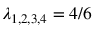
\lambda _ { 1 , 2 , 3 , 4 } = 4 / 6